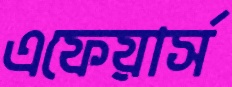
এফেয়ার্স